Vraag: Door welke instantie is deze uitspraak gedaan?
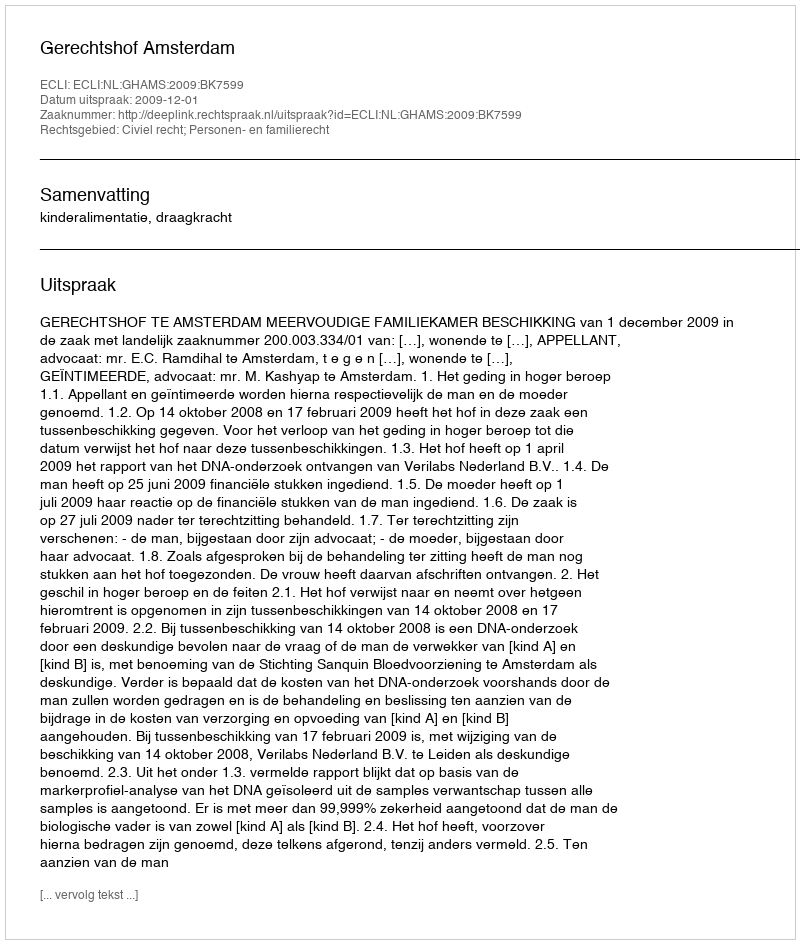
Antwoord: Gerechtshof Amsterdam